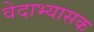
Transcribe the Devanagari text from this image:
वेदाभ्यासक